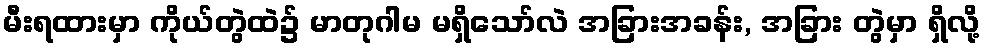
မီးရထားမှာ ကိုယ်တွဲထဲ၌ မာတုဂါမ မရှိသော်လဲ အခြားအခန်း, အခြား တွဲမှာ ရှိလို့